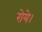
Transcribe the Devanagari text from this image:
रोये।